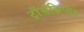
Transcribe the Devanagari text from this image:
ट्राँसक्रिप्शन